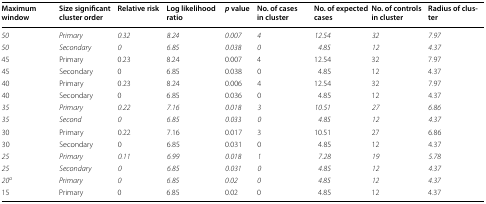
| Maximum window | Size significant cluster order | Relative risk | Log likelihood ratio | p value | No. of cases in cluster | No. of expected cases | No. of controls in cluster | Radius of cluster |
 | --- | --- | --- | --- | --- | --- | --- | --- | --- |
 | 50 | Primary | 0.32 | 8.24 | 0.007 | 4 | 12.54 | 32 | 7.97 |
 | 50 | Secondary | 0 | 6.85 | 0.038 | 0 | 4.85 | 12 | 4.37 |
 | 45 | Primary | 0.23 | 8.24 | 0.007 | 4 | 12.54 | 32 | 7.97 |
 | 45 | Secondary | 0 | 6.85 | 0.038 | 0 | 4.85 | 12 | 4.37 |
 | 40 | Primary | 0.23 | 8.24 | 0.006 | 4 | 12.54 | 32 | 7.97 |
 | 40 | Secondary | 0 | 6.85 | 0.036 | 0 | 4.85 | 12 | 4.37 |
 | 35 | Primary | 0.22 | 7.16 | 0.018 | 3 | 10.51 | 27 | 6.86 |
 | 35 | Second | 0 | 6.85 | 0.033 | 0 | 4.85 | 12 | 4.37 |
 | 30 | Primary | 0.22 | 7.16 | 0.017 | 3 | 10.51 | 27 | 6.86 |
 | 30 | Secondary | 0 | 6.85 | 0.031 | 0 | 4.85 | 12 | 4.37 |
 | 25 | Primary | 0.11 | 6.99 | 0.018 | 1 | 7.28 | 19 | 5.78 |
 | 25 | Secondary | 0 | 6.85 | 0.031 | 0 | 4.85 | 12 | 4.37 |
 | 20a | Primary | 0 | 6.85 | 0.02 | 0 | 4.85 | 12 | 4.37 |
 | 15 | Primary | 0 | 6.85 | 0.02 | 0 | 4.85 | 12 | 4.37 |